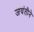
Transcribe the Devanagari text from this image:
जयंतीने